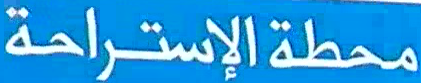
محطة الإستراحة